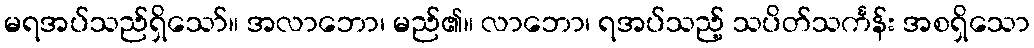
မရအပ်သည်ရှိသော်။ အလာဘော၊ မည်၏။ လာဘော၊ ရအပ်သည့် သပိတ်သင်္ကန်း အစရှိသော